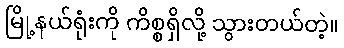
မြို့နယ်ရုံးကို ကိစ္စရှိလို့ သွားတယ်တဲ့။